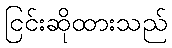
ငြင်းဆိုထားသည်